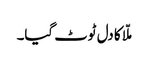
ملّا کا دل ٹوٹ گیا۔